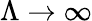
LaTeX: \Lambda\rightarrow\infty